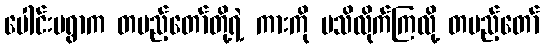
ပေါင်းမရွာက တပည့်တော်တို့ရဲ့ ကားကို မသိလိုက်ကြလို့ တပည့်တော်